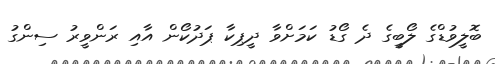
ބޮލީވުޑްގެ ލޯބީގެ ދެ ގޯޑު ކަމަށްވާ ދީޕިކާ ޕަދުކޯން އާއި ރަންވީރު ސިންގު